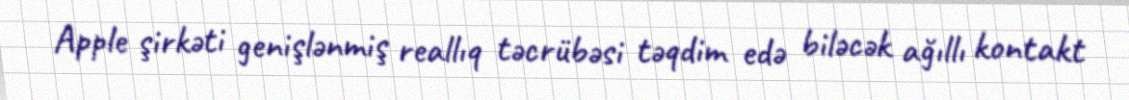
Apple şirkəti genişlənmiş reallıq təcrübəsi təqdim edə biləcək ağıllı kontakt